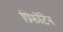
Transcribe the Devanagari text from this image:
प्रिफोंटेन